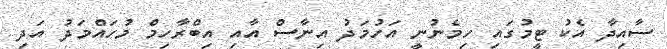
ސާއިދާ އެކު ޓީމުގައި ހިމެނުނީ އަހުމަދު އިނާސް އާއި އިބްރާހިމް މުހައްމަދު އަދި